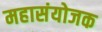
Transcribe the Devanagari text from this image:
महासंयोजक